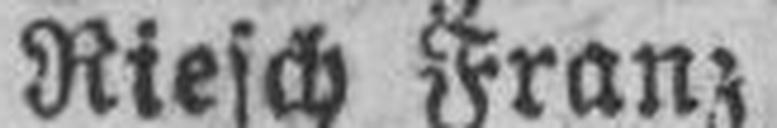
Riesch Franz